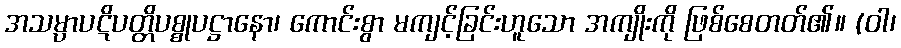
အသမ္ပာပဋိပတ္တိပစ္စုပဋ္ဌာနော၊ ကောင်းစွာ မကျင့်ခြင်းဟူသော အကျိုးကို ဖြစ်စေတတ်၏။ (ဝါ၊